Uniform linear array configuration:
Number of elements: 64
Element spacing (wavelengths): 0.5
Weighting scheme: hamming
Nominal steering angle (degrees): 60
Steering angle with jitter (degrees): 61.857
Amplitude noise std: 0.05
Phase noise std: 0.05

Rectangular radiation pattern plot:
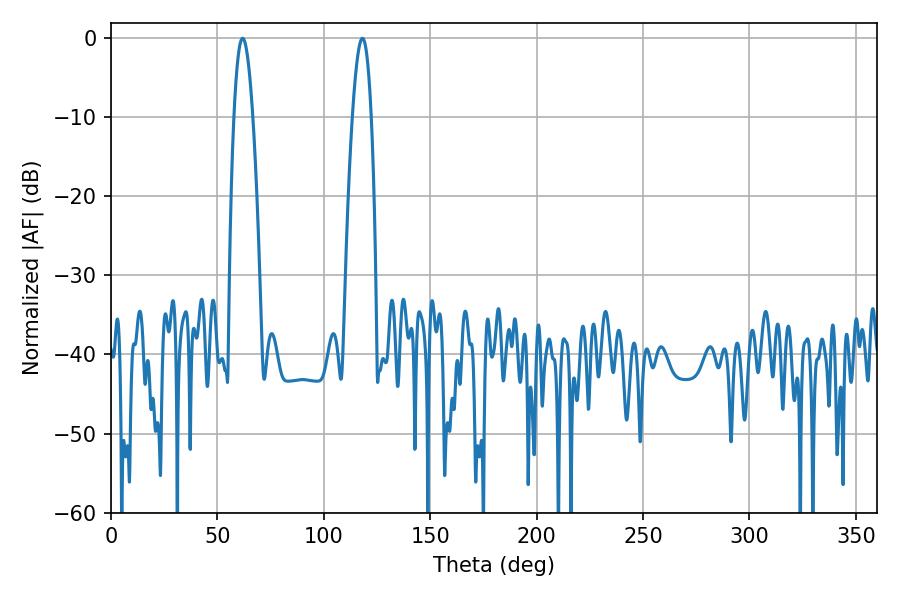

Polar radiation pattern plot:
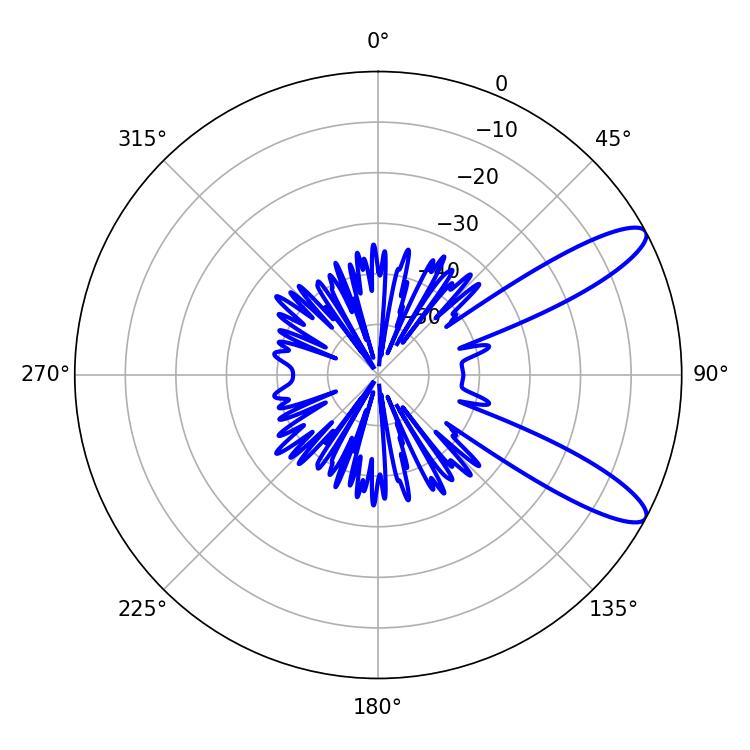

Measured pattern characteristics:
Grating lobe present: FALSE
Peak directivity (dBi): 10.897
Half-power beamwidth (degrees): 4.86
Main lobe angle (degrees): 61.92